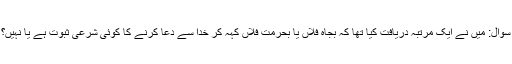
سوال: میں نے ایک مرتبہ دریافت کیا تھا کہ بجاہ فلاں یا بحرمت فلاں کہہ کر خدا سے دعا کرنے کا کوئی شرعی ثبوت ہے یا نہیں؟